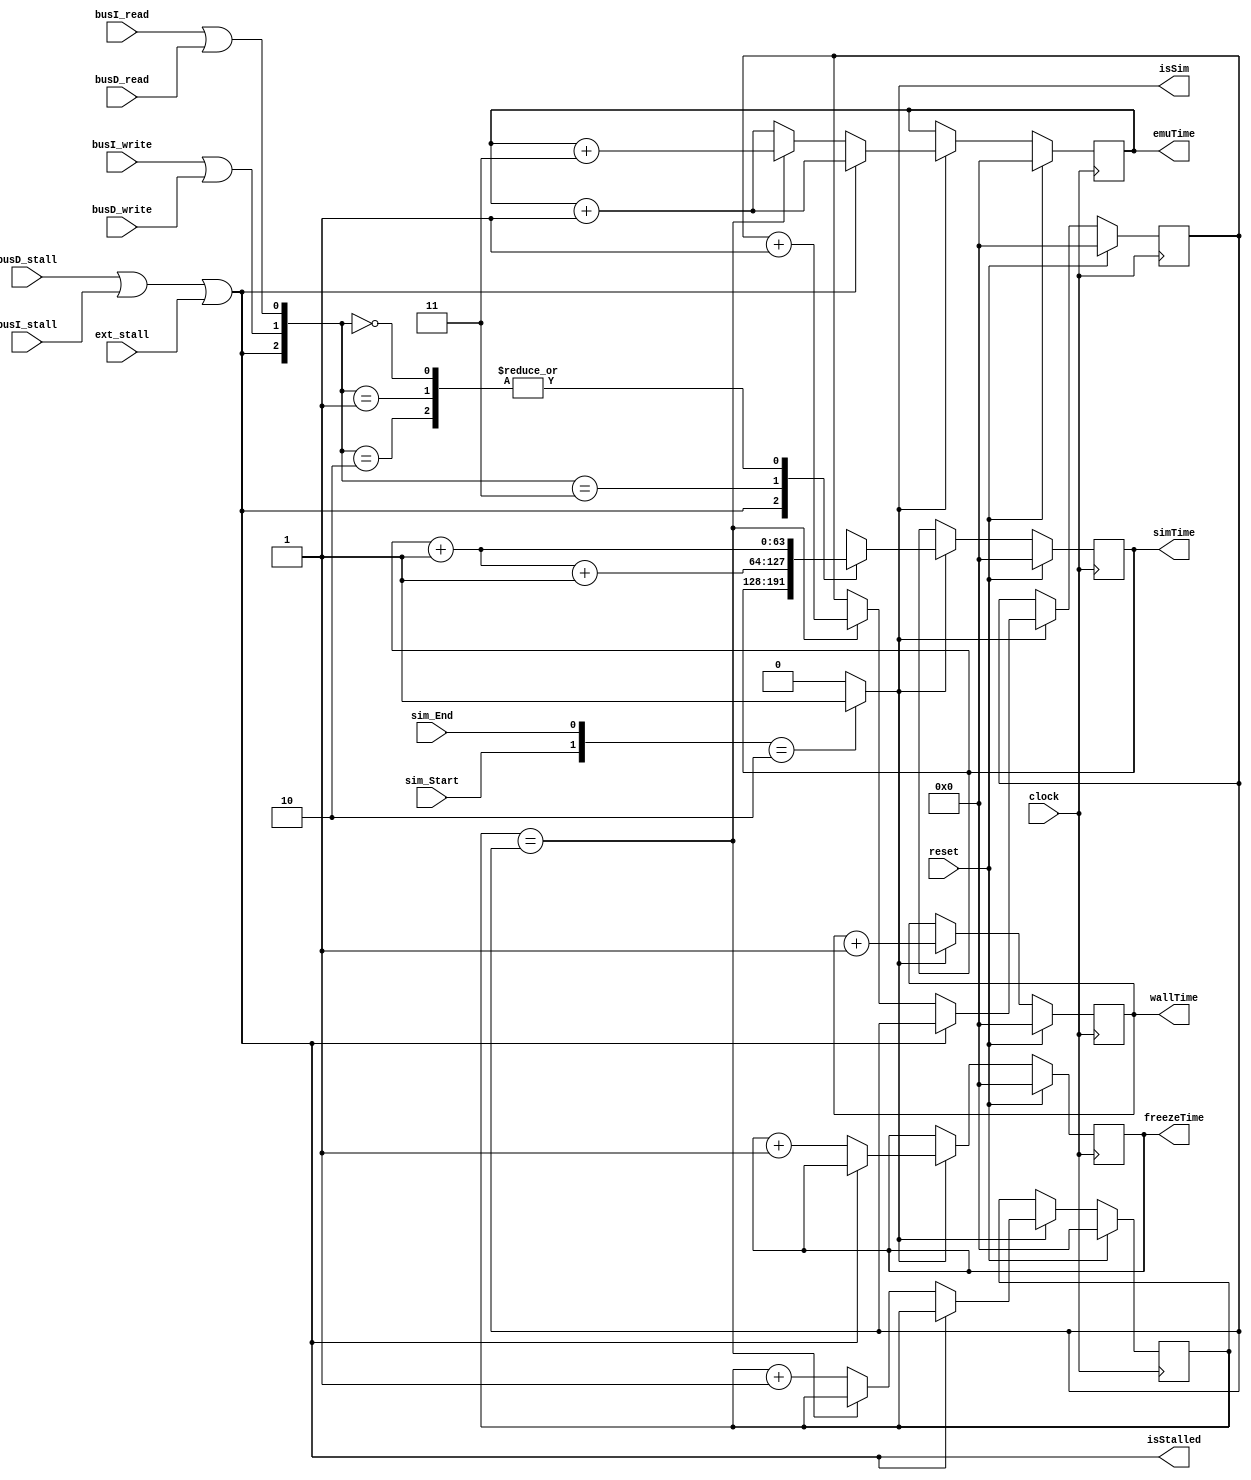
module FT_Timer #(
	parameter READ_LATENCY = 1,
	parameter WRITE_LATENCY = 1,
	parameter TINTERVAL = 1
	)(
	// -- Common Signals --
	input wire					clock, // module FPGA clock
	input wire					reset, // module reset (global)
	// -- Control Signals --
	input wire 					sim_Start,
	input wire 					sim_End,
	input wire					ext_stall, // external stall signal if needed
	// -- bus Signals --
	input wire					busI_write,
	input wire					busI_read,
	input wire					busI_stall,
	input wire					busD_write,
	input wire					busD_read,
	input wire					busD_stall,
	// -- state mirrors --
	output wire					isStalled,
	output wire					isSim,
	// -- timer signals --
	output reg [63:0]			wallTime,	// true fabric clock time
	output reg [63:0]			emuTime,	// estimate fabric clock of FreezeTime
	output reg [63:0]			simTime,	// estimated simulation time of FreezeTime
	output reg [63:0]			freezeTime	// true time which is not spent stalled
    );

	localparam SYNC_COST = 3; // 3 cycles

	// compute the common state signals
	assign isStalled = busD_stall | busI_stall | ext_stall;
	assign isSim = ({sim_Start, sim_End} == 2'b10)? 1'b1 : 1'b0;

	// timer temps
	reg [63:0]			wallTime_C;
	reg [63:0]			emuTime_C;
	reg [63:0]			simTime_C;
	reg [63:0]			freezeTime_C;	

	reg [63:0] 			syncTimer;
	reg [63:0] 			syncTimer_c;
	reg [63:0] 			syncLimit;
	reg [63:0] 			syncLimit_c;

	// state machine for emulation
	always @*
	begin
		// defaults
		wallTime_C <= wallTime;
		emuTime_C <= emuTime;
		simTime_C <= simTime;
		freezeTime_C <= freezeTime;
		syncTimer_c <= syncTimer;
		syncLimit_c <= syncLimit;
	
		// check to see if we are in simulation
		if( isSim ) begin

			// always update the wall time
			wallTime_C <= wallTime + 1;

			// check to see if stall, if not, always update freeze time
			if( ~isStalled ) begin
				freezeTime_C <= freezeTime + 1;
			end // ~isStalled

			// modify sim time based on actions
			casex({isStalled, busI_write|busD_write, busI_read|busD_read})
			3'b1xx: simTime_C <= simTime; // stalled, so don't update anything
			3'b010:	simTime_C <= simTime + WRITE_LATENCY; // write, increment the by write
			3'b001:	simTime_C <= simTime + READ_LATENCY; // read, increment the by read 
			3'b011: simTime_C <= simTime + READ_LATENCY + WRITE_LATENCY; // read and write, increment the by both
			3'b000: simTime_C <= simTime + 1; // normal operation
			default: simTime_C <= simTime; // this case should never be hit
			endcase

			// tick the sync based on stall logic
			if(  ~isStalled ) begin
				if( syncTimer == syncLimit ) begin
					syncLimit_c <= syncLimit + TINTERVAL;
					emuTime_C <= emuTime + SYNC_COST;
				end else begin // not sync limit, so increment both by 1
					syncTimer_c <= syncTimer + 1;
					emuTime_C <= emuTime + 1;
				end
				
			end else begin//~isStalled
				// just increment the emut timer
				emuTime_C <= emuTime + 1;
			end


		end // isSim
		

	end


	// clock process
	always @(posedge clock)
	begin
		if( reset) begin
			wallTime <= 0;
			emuTime <= 0;
			simTime <= 0;
			freezeTime <= 0;
			syncTimer <= 0;
			syncLimit <= 0;
		end else begin
			wallTime <= wallTime_C;
			emuTime <= emuTime_C;
			simTime <= simTime_C;
			freezeTime <= freezeTime_C;
			syncTimer <= syncTimer_c;
			syncLimit <= syncLimit_c;
		end
	end


endmodule